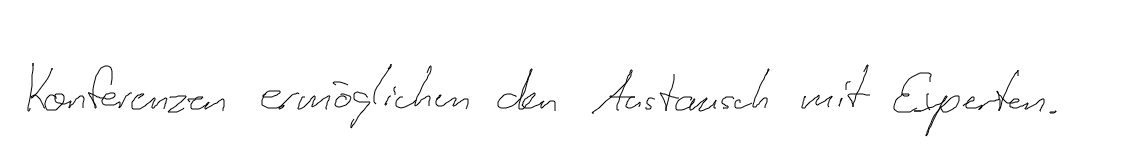
Konferenzen ermöglichen den Austausch mit Experten.